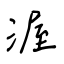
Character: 渥